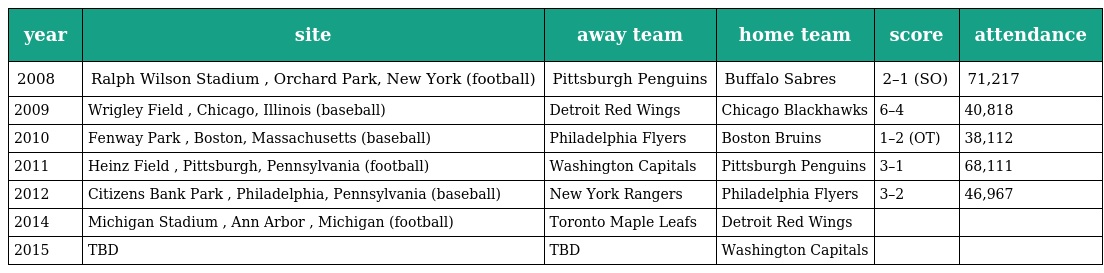
| year | site | away team | home team | score | attendance |
 | --- | --- | --- | --- | --- | --- |
 | 2008 | Ralph Wilson Stadium , Orchard Park, New York (football) | Pittsburgh Penguins | Buffalo Sabres | 2–1 (SO) | 71,217 |
 | 2009 | Wrigley Field , Chicago, Illinois (baseball) | Detroit Red Wings | Chicago Blackhawks | 6–4 | 40,818 |
 | 2010 | Fenway Park , Boston, Massachusetts (baseball) | Philadelphia Flyers | Boston Bruins | 1–2 (OT) | 38,112 |
 | 2011 | Heinz Field , Pittsburgh, Pennsylvania (football) | Washington Capitals | Pittsburgh Penguins | 3–1 | 68,111 |
 | 2012 | Citizens Bank Park , Philadelphia, Pennsylvania (baseball) | New York Rangers | Philadelphia Flyers | 3–2 | 46,967 |
 | 2014 | Michigan Stadium , Ann Arbor , Michigan (football) | Toronto Maple Leafs | Detroit Red Wings |  |  |
 | 2015 | TBD | TBD | Washington Capitals |  |  |